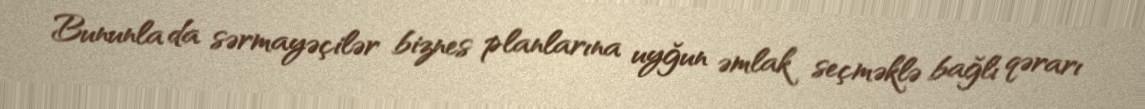
Bununla da sərmayəçilər biznes planlarına uyğun əmlak seçməklə bağlı qərarı